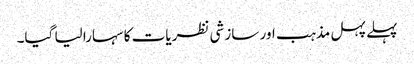
پہلے پہل مذہب اور سازشی نظریات کا سہارا لیا گیا۔